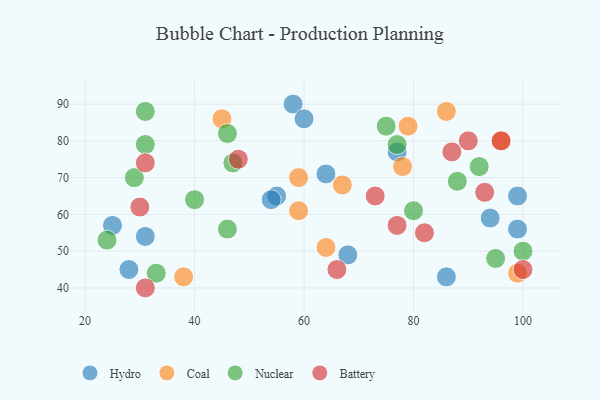
{"axis": {"x": "GDP", "y": "Life Expectancy"}, "legend": ["Battery", "Coal", "Hydro", "Nuclear"], "data": [{"x": "55", "y": 65, "type": "Hydro"}, {"x": "64", "y": 71, "type": "Hydro"}, {"x": "31", "y": 54, "type": "Hydro"}, {"x": "54", "y": 64, "type": "Hydro"}, {"x": "28", "y": 45, "type": "Hydro"}, {"x": "99", "y": 65, "type": "Hydro"}, {"x": "58", "y": 90, "type": "Hydro"}, {"x": "25", "y": 57, "type": "Hydro"}, {"x": "99", "y": 56, "type": "Hydro"}, {"x": "77", "y": 77, "type": "Hydro"}, {"x": "94", "y": 59, "type": "Hydro"}, {"x": "60", "y": 86, "type": "Hydro"}, {"x": "86", "y": 43, "type": "Hydro"}, {"x": "68", "y": 49, "type": "Hydro"}, {"x": "67", "y": 68, "type": "Coal"}, {"x": "45", "y": 86, "type": "Coal"}, {"x": "99", "y": 44, "type": "Coal"}, {"x": "78", "y": 73, "type": "Coal"}, {"x": "59", "y": 70, "type": "Coal"}, {"x": "79", "y": 84, "type": "Coal"}, {"x": "86", "y": 88, "type": "Coal"}, {"x": "59", "y": 61, "type": "Coal"}, {"x": "64", "y": 51, "type": "Coal"}, {"x": "38", "y": 43, "type": "Coal"}, {"x": "96", "y": 80, "type": "Coal"}, {"x": "31", "y": 88, "type": "Nuclear"}, {"x": "40", "y": 64, "type": "Nuclear"}, {"x": "31", "y": 79, "type": "Nuclear"}, {"x": "77", "y": 79, "type": "Nuclear"}, {"x": "88", "y": 69, "type": "Nuclear"}, {"x": "47", "y": 74, "type": "Nuclear"}, {"x": "33", "y": 44, "type": "Nuclear"}, {"x": "75", "y": 84, "type": "Nuclear"}, {"x": "100", "y": 50, "type": "Nuclear"}, {"x": "24", "y": 53, "type": "Nuclear"}, {"x": "95", "y": 48, "type": "Nuclear"}, {"x": "92", "y": 73, "type": "Nuclear"}, {"x": "29", "y": 70, "type": "Nuclear"}, {"x": "46", "y": 82, "type": "Nuclear"}, {"x": "46", "y": 56, "type": "Nuclear"}, {"x": "80", "y": 61, "type": "Nuclear"}, {"x": "96", "y": 80, "type": "Battery"}, {"x": "87", "y": 77, "type": "Battery"}, {"x": "73", "y": 65, "type": "Battery"}, {"x": "100", "y": 45, "type": "Battery"}, {"x": "90", "y": 80, "type": "Battery"}, {"x": "66", "y": 45, "type": "Battery"}, {"x": "31", "y": 74, "type": "Battery"}, {"x": "77", "y": 57, "type": "Battery"}, {"x": "48", "y": 75, "type": "Battery"}, {"x": "31", "y": 40, "type": "Battery"}, {"x": "82", "y": 55, "type": "Battery"}, {"x": "30", "y": 62, "type": "Battery"}, {"x": "93", "y": 66, "type": "Battery"}]}